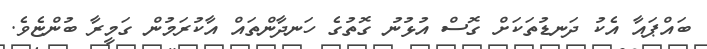
ބައްޕައާ އެކު ދަނޑުތަކަށް ގޮސް އުޅުނު ގޮތުގެ ހަނދާންތައް އާކުރަމުން ގަމީރާ ބުންޏެވެ.